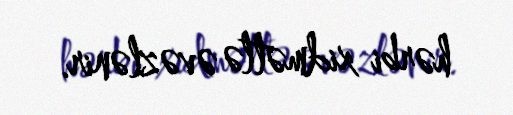
hərbi xidmətlə əvəzlənir.